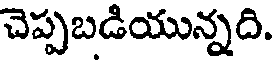
చెప్పబడియున్నది.